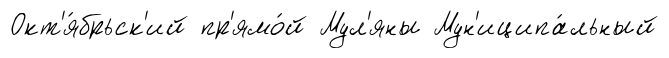
Окт'я́брьск'ий пр'ямо́й Мул'яны Мун'иципа́льный